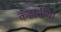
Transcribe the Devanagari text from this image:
कहानीयां